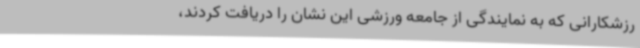
رزشکارانی که به نمایندگی از جامعه ورزشی این نشان را دریافت کردند،